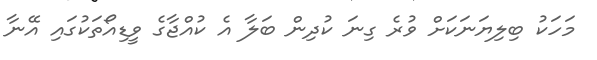
މަހަކު ބިލިޔަނަކަށް ވުރެ ގިނަ ކުދިން ބަލާ އެ ކުއްޖާގެ ވީޑިއޯތަކުގައި އޭނާ